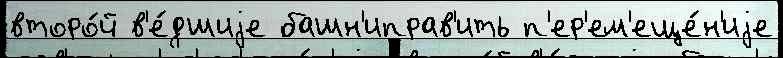
второ́й в'е́дшиjе башн'иправ'ить п'ер'ем'еще́н'иjе